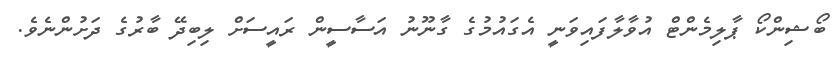
ބޯޝިންކޯ ޕާލިމެންޓް އުވާލާފައިވަނީ އެގައުމުގެ ގާނޫނު އަސާސީން ރައީސަށް ލިބިދޭ ބާރުގެ ދަށުންނެވެ.